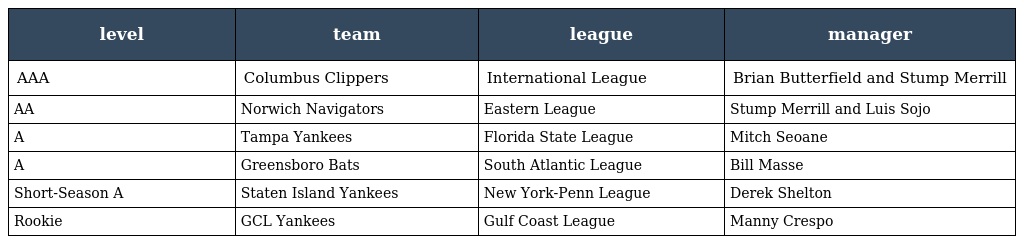
| level | team | league | manager |
 | --- | --- | --- | --- |
 | AAA | Columbus Clippers | International League | Brian Butterfield and Stump Merrill |
 | AA | Norwich Navigators | Eastern League | Stump Merrill and Luis Sojo |
 | A | Tampa Yankees | Florida State League | Mitch Seoane |
 | A | Greensboro Bats | South Atlantic League | Bill Masse |
 | Short-Season A | Staten Island Yankees | New York-Penn League | Derek Shelton |
 | Rookie | GCL Yankees | Gulf Coast League | Manny Crespo |